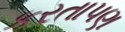
કરતાપણ